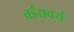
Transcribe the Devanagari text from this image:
वर्डसवर्थ